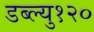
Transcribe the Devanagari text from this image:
डब्ल्यु१२०